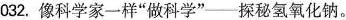
032.像科学家一样”做科学”--探秘氢氧化钠。